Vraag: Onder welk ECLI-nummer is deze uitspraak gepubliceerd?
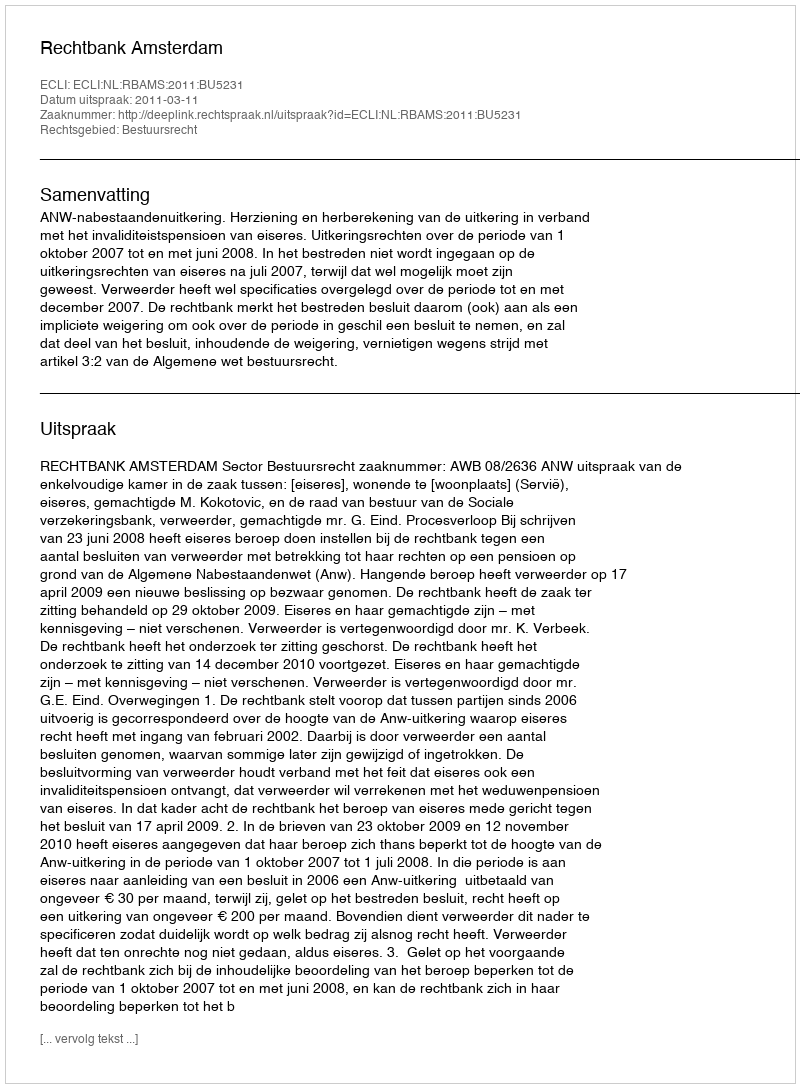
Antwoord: ECLI:NL:RBAMS:2011:BU5231